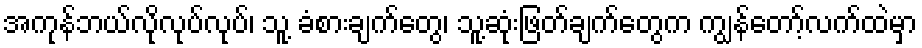
အကုန်ဘယ်လိုလုပ်လုပ်၊ သူ့ ခံစားချက်တွေ၊ သူ့ဆုံးဖြတ်ချက်တွေက ကျွန်တော့်လက်ထဲမှာ